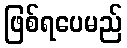
ဖြစ်ရပေမည်